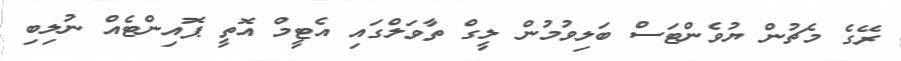
ރޭގެ މެޗުން ޔުވެންޓަސް ބަލިވުމުން ލީގް ތާވަލްގައި އެޓީމް އޮތީ ޕޮއިންޓެއް ނުލިބި